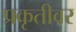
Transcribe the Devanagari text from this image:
प्रकृतीवर